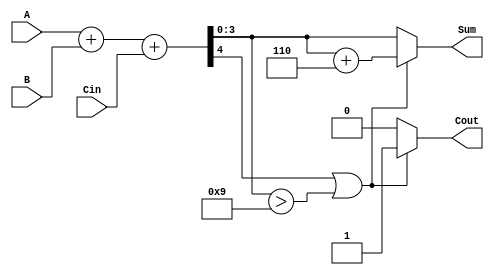
module BCD_Adder (
    input  wire [3:0] A,     // First BCD digit
    input  wire [3:0] B,     // Second BCD digit
    input  wire Cin,         // Carry input
    output reg  [3:0] Sum,   // BCD result
    output reg  Cout         // Carry output
);

    // Intermediate sum
    wire [4:0] S;            // 5-bit sum to accommodate carry
    assign S = A + B + Cin;  // Binary addition of A, B, and Cin

    always @(*) begin
        // Default outputs
        Sum = S[3:0];         // Assign the lower 4 bits of the sum
        Cout = S[4];          // Carry out from the addition
        
        // BCD correction logic
        if (S[4] || (S[3:0] > 4'b1001)) begin
            Sum = S[3:0] + 4'b0110; // Add 6 to correct BCD
            Cout = 1;               // Set carry out to 1
        end else begin
            Cout = 0;               // No carry out
        end
    end

endmodule